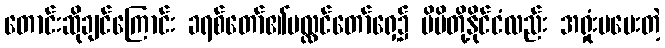
တောင်းဆိုချင်ကြောင်း ခရစ်တော်၏ပလ္လင်တော်ရှေ့၌ မိမိတို့နိုင်ငံလည်း အရှုံးမပေးတဲ့